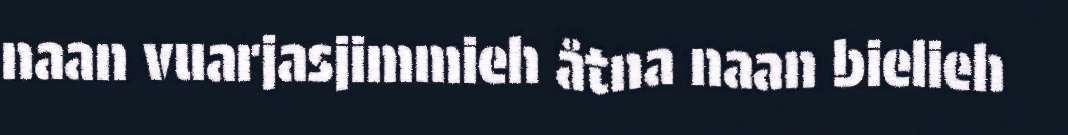
naan vuarjasjimmieh åtna naan bielieh